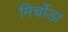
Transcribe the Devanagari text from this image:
मिर्चोडा